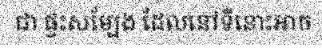
ជា ផ្ទះសម្បែង ដែលនៅទីនោះអាច